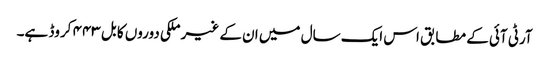
آرٹی آئی کے مطابق اس ایک سال میں ان کے غیر ملکی دوروں کا بل ۴۴۳ کروڈ ہے۔